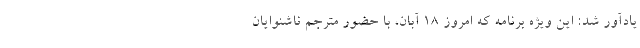
یادآور شد: این ویژه برنامه که امروز ۱۸ آبان، با حضور مترجم ناشنوایان